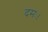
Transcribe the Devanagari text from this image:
दमः।